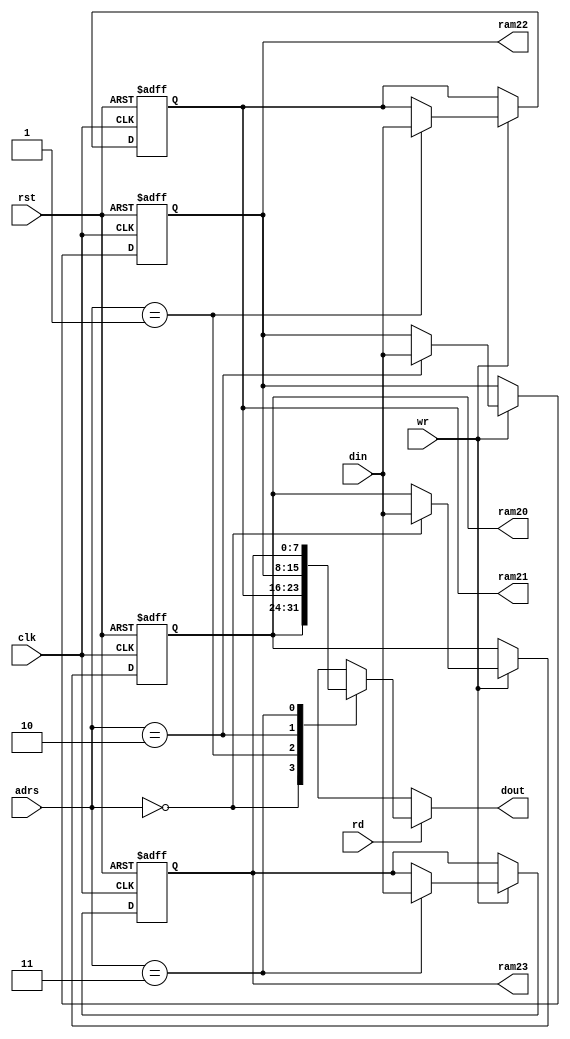
module ram(
	clk, rst, 
	adrs, din, dout, rd, wr, 
	ram20, ram21, ram22, ram23 );
	
	input  clk, rst;
	input  [1:0] adrs;
	input  [7:0] din;
	output [7:0] dout;
	input  rd, wr;
	output [7:0] ram20, ram21, ram22, ram23;
	
	reg    [7:0] ram_data[0:3];
	
	always@( posedge clk or negedge rst ) begin
		if( rst == 1'b0 ) begin
			ram_data[0] <= 8'h00;
			ram_data[1] <= 8'h00;
			ram_data[2] <= 8'h00;
			ram_data[3] <= 8'h00;
		end else if( wr == 1'b1 ) begin
			ram_data[adrs] <= din;
		end
	end
	
	assign dout = ( rd == 1'b1 ) ? ram_data[adrs] : 8'bxxxxxxxx;
	
	assign ram20 = ram_data[0];
	assign ram21 = ram_data[1];
	assign ram22 = ram_data[2];
	assign ram23 = ram_data[3];
	
endmodule